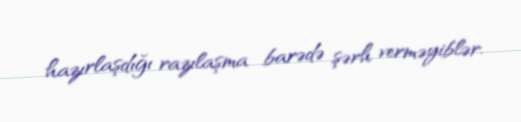
hazırlaşdığı razılaşma barədə şərh verməyiblər.